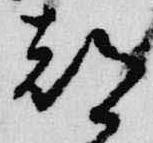
都